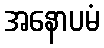
အနောပမံ